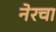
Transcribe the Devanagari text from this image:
नेरचा